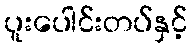
ပူးပေါင်းတပ်နှင့်